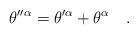
\begin{align*}\theta''^\alpha = \theta'^\alpha + \theta^\alpha\quad.\end{align*}